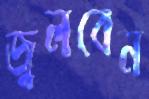
জ্বলবেন